Leaving Certificate Examination (including Day School Certificate (Higher) General paper), 1938
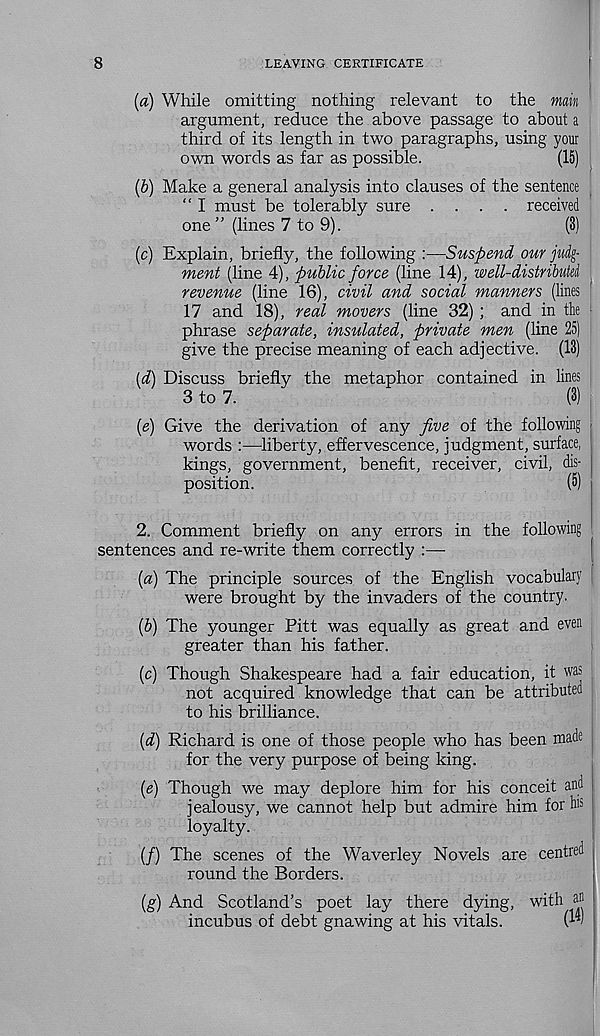
8
LEAVING CERTIFICATE
{a) While omitting nothing relevant to the main
argument, reduce the above passage to about a
third of its length in two paragraphs, using your
own words as far as possible.
(15)
(b) Make a general analysis into clauses of the sentence
“ I must be tolerably sure .... received
one ” (lines 7 to 9).
(3)
(c) Explain, briefly, the following :—Suspend our judg-
ment (line 4), public force (line 14), well-distributd
revenue (line 16), civil and social manners (lines
17 and 18), real movers (line 32) ; and in the
phrase separate, insulated, private men (line 25)
give the precise meaning of each adjective. (13)
(d) Discuss briefly the metaphor contained in lines
3 to 7.
(3)
{e) Give the derivation of any five of the following
words :—liberty, effervescence, judgment, surface,
kings, government, benefit, receiver, civil, dis-
position.
(5)
2. Comment briefly on any errors in the following
sentences and re-write them correctly :—
{a) The principle sources of the English vocabulary
were brought by the invaders of the country.
{b) The younger Pitt was equally as great and even
greater than his father.
(c) Though Shakespeare had a fair education, it was
not acquired knowledge that can be attributed
to his brilliance.
(d) Richard is one of those people who has been made
for the very purpose of being king.
(e) Though we may deplore him for his conceit and
jealousy, we cannot help but admire him for b 2
loyalty.
(/) The scenes of the Waverley Novels are centred
round the Borders.
(g) And Scotland’s poet lay there dying, with a*'
incubus of debt gnawing at his vitals.
w’